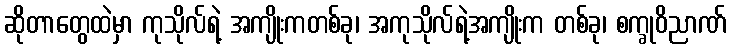
ဆိုတာတွေထဲမှာ ကုသိုလ်ရဲ့ အကျိုးကတစ်ခု၊ အကုသိုလ်ရဲ့အကျိုးက တစ်ခု၊ စက္ခုဝိညာဏ်